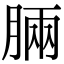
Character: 脼